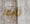
تايمز